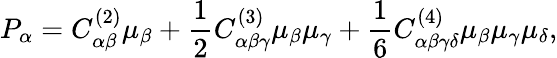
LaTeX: P_{\alpha}=C_{\alpha\beta}^{(2)}\mu_{\beta}+\frac{1}{2}C_{\alpha\beta\gamma}^{(3)}\mu_{\beta}\mu_{\gamma}+\frac{1}{6}C_{\alpha\beta\gamma\delta}^{(4)}\mu_{\beta}\mu_{\gamma}\mu_{\delta},